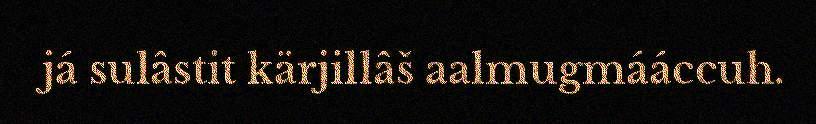
já sulâstit kärjillâš aalmugmááccuh.